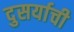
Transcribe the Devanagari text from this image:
दुसर्याची